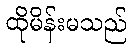
ထိုမိန်းမသည်